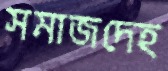
সমাজদেহ